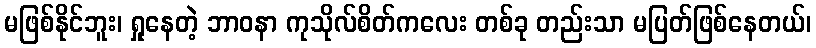
မဖြစ်နိုင်ဘူး၊ ရှုနေတဲ့ ဘာဝနာ ကုသိုလ်စိတ်ကလေး တစ်ခု တည်းသာ မပြတ်ဖြစ်နေတယ်၊